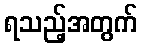
ရသည့်အတွက်